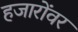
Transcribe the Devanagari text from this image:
हजारोंवर